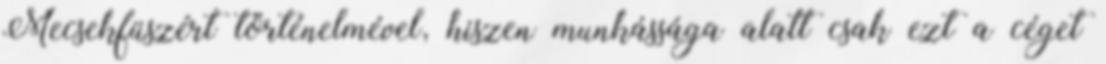
Mecsekfüszért történelmével, hiszen munkássága alatt csak ezt a céget